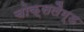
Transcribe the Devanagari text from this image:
चोक्सलैम्ड